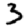
Digit: 3